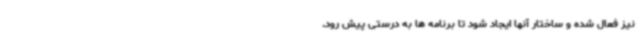
نیز فعال شده و ساختار آنها ایجاد شود تا برنامه ها به درستی پیش رود.